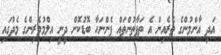
އަދި އާންމުންގެ ތެރެއިން އެ ތަފާތުންތައް ފެންނަހާ ބޮޑުކޮށް ދީނީ އިލްމުވެރިންގެ މެދުގައި